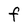
Character: F